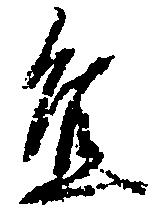
宜